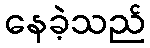
နေခဲ့သည်